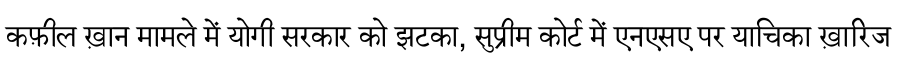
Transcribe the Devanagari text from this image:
कफ़ील ख़ान मामले में योगी सरकार को झटका, सुप्रीम कोर्ट में एनएसए पर याचिका ख़ारिज